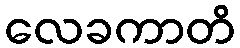
လေခကာတိ